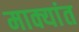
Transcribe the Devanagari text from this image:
माक्यांत